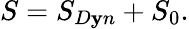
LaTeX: S=S_{D\mathbf{y}n}+S_{0}.